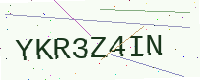
Text: YKR3Z4IN